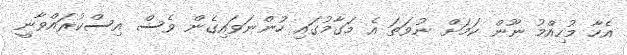
އެހާ މުހިއްމު ނޫން ކަމަށް ނުވަތަ އެ މަގާމުގައި ހުންނަވައިގެން ވެސް އިސްކުރައްވާނީ